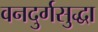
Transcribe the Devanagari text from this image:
वनदुर्गसुद्धा